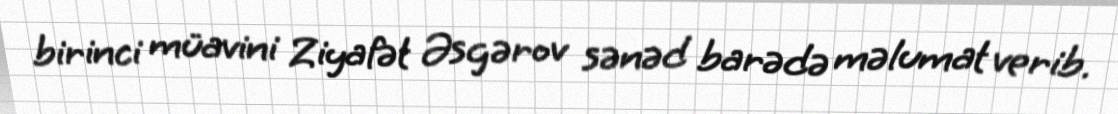
birinci müavini Ziyafət Əsgərov sənəd barədə məlumat verib.